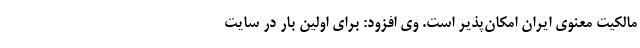
مالکیت معنوی ایران امکان‌پذیر است. وی افزود: برای اولین بار در سایت